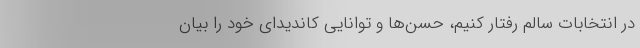
در انتخابات سالم رفتار کنیم، حسن‌ها و توانایی کاندیدای خود را بیان